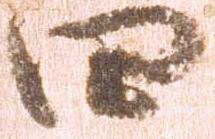
四